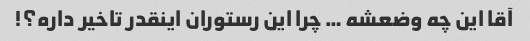
آقا این چه وضعشه … چرا این رستوران اینقدر تاخیر داره؟!